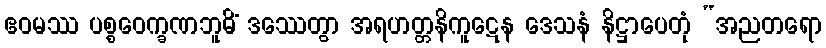
ဧဝမဿ ပစ္စဝေက္ခဏဘူမိံ ဒဿေတွာ အရဟတ္တနိကူဋေန ဒေသနံ နိဋ္ဌာပေတုံ “အညတရော